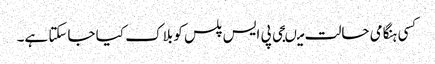
کسی ہنگامی حالت میںجی پی ایس پلس کو بلاک کیا جاسکتا ہے۔